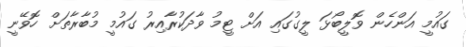
ގައުމީ އަންހެން ވޮލީބޯޅަ ލީގުގައި އަށް ޓީމު ވާދަކުރާއިރު ގައުމީ މުބާރާތަށް ހޮވޭނީ